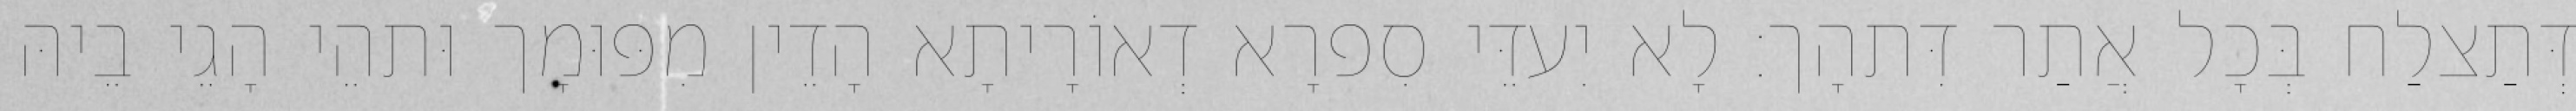
דְּתַצלַח בְּכָל אֲתַר דִּתהָך׃ לָא יִעדֵּי סִפרָא דְאוֹרָיתָא הָדֵין מִפּוּמָך וּתהֵי הָגֵי בֵיהּ